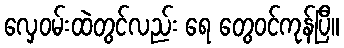
လှေဝမ်းထဲတွင်လည်း ရေ တွေဝင်ကုန်ပြီ။